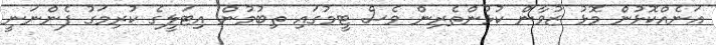
އަނެއްްކޮޅުން މޮޅު ޒުވާން ކުޅުންތެރިން ވެސް ޓީމުގައި ތިބުމުން އިޓަލީގެ ކުރިމަގު ފެންނަނީ